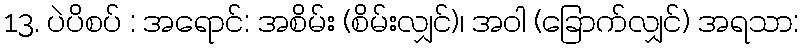
13. ပဲပိစပ် : အရောင်: အစိမ်း (စိမ်းလျှင်)၊ အဝါ (ခြောက်လျှင်) အရသာ: